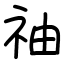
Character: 䄂